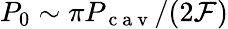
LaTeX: P_{0}\sim\pi P_{\mathrm{~c~a~v~}}/(2\mathcal{F})